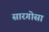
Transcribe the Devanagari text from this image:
सारगोसा